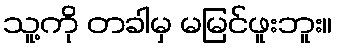
သူ့ကို တခါမှ မမြင်ဖူးဘူး။